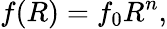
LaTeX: f(R)=f_{0}R^{n},